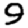
Digit: 9